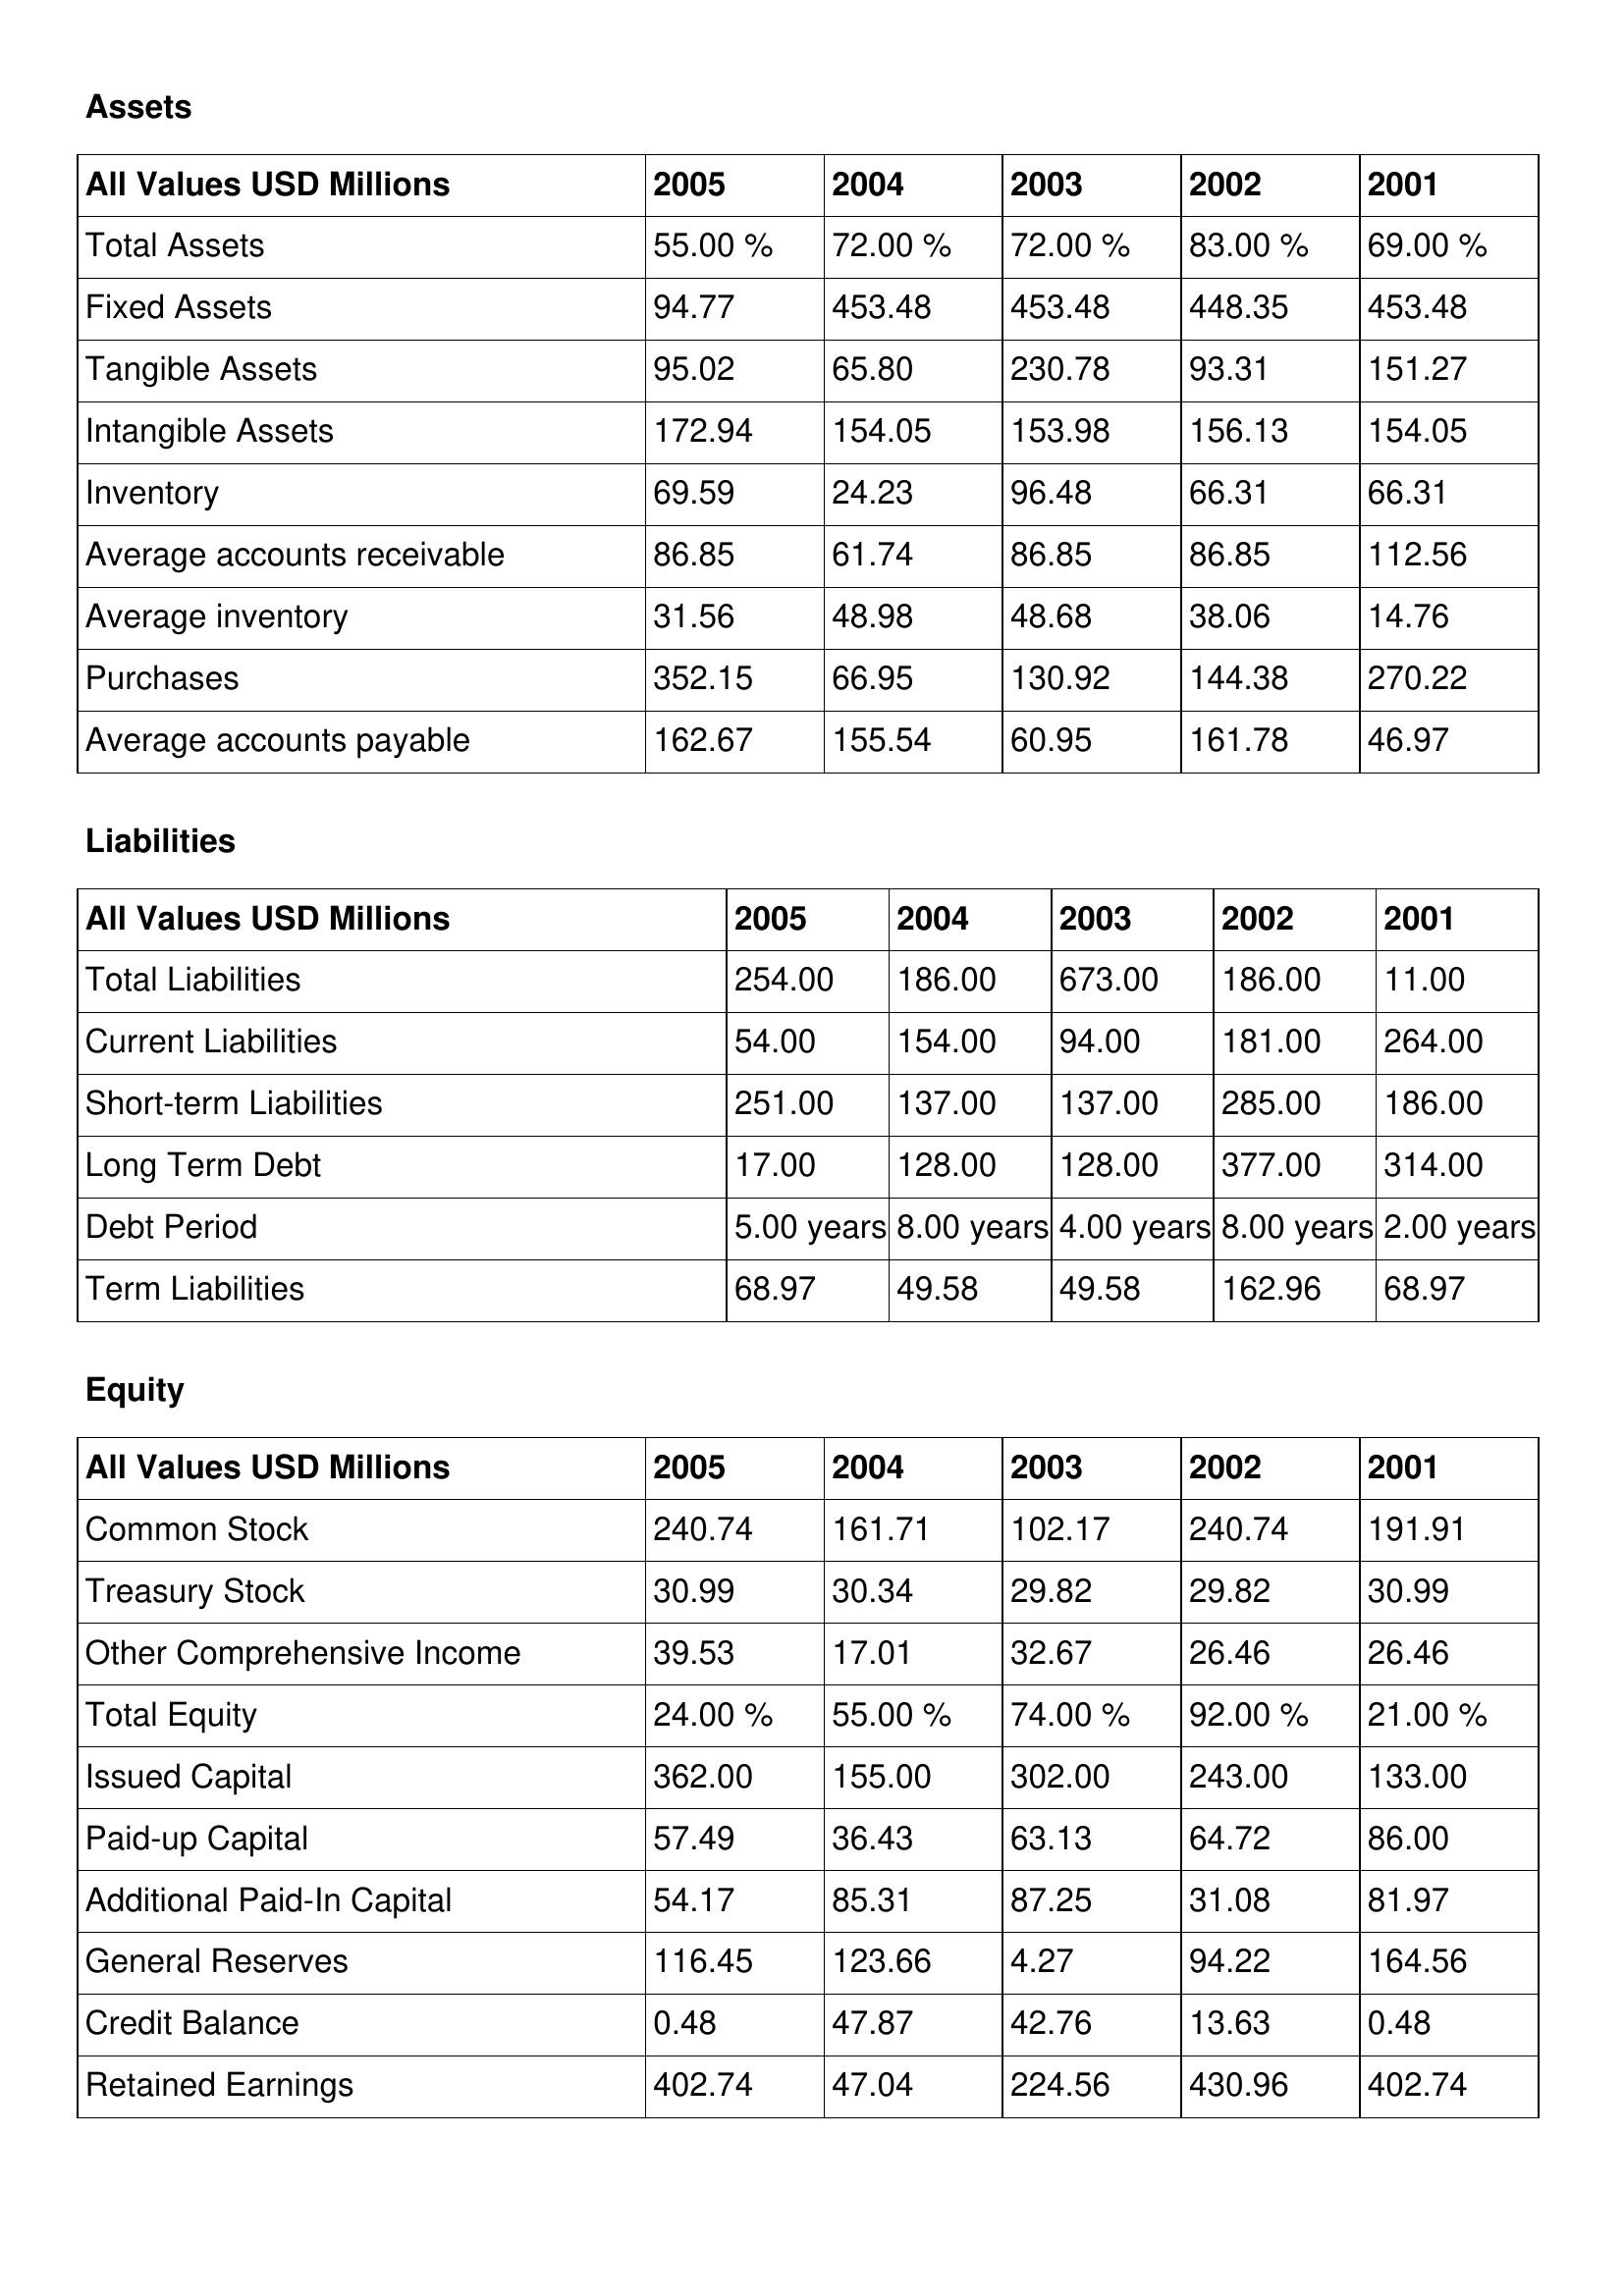
gt_parse: 2005: Assets: Total Assets: 55.00 %
Fixed Assets: 94.77
Tangible Assets: 95.02
Intangible Assets: 172.94
Inventory: 69.59
Average accounts receivable: 86.85
Average inventory: 31.56
Purchases: 352.15
Average accounts payable: 162.67
Liabilities: Total Liabilities: 254.00
Current Liabilities: 54.00
Short-term Liabilities: 251.00
Long Term Debt: 17.00
Debt Period: 5.00 years
Term Liabilities: 68.97
Equity: Common Stock: 240.74
Treasury Stock: 30.99
Other Comprehensive Income: 39.53
Total Equity: 24.00 %
Issued Capital: 362.00
Paid-up Capital: 57.49
Additional Paid-In Capital: 54.17
General Reserves: 116.45
Credit Balance: 0.48
Retained Earnings: 402.74
2004: Assets: Total Assets: 72.00 %
Fixed Assets: 453.48
Tangible Assets: 65.80
Intangible Assets: 154.05
Inventory: 24.23
Average accounts receivable: 61.74
Average inventory: 48.98
Purchases: 66.95
Average accounts payable: 155.54
Liabilities: Total Liabilities: 186.00
Current Liabilities: 154.00
Short-term Liabilities: 137.00
Long Term Debt: 128.00
Debt Period: 8.00 years
Term Liabilities: 49.58
Equity: Common Stock: 161.71
Treasury Stock: 30.34
Other Comprehensive Income: 17.01
Total Equity: 55.00 %
Issued Capital: 155.00
Paid-up Capital: 36.43
Additional Paid-In Capital: 85.31
General Reserves: 123.66
Credit Balance: 47.87
Retained Earnings: 47.04
2003: Assets: Total Assets: 72.00 %
Fixed Assets: 453.48
Tangible Assets: 230.78
Intangible Assets: 153.98
Inventory: 96.48
Average accounts receivable: 86.85
Average inventory: 48.68
Purchases: 130.92
Average accounts payable: 60.95
Liabilities: Total Liabilities: 673.00
Current Liabilities: 94.00
Short-term Liabilities: 137.00
Long Term Debt: 128.00
Debt Period: 4.00 years
Term Liabilities: 49.58
Equity: Common Stock: 102.17
Treasury Stock: 29.82
Other Comprehensive Income: 32.67
Total Equity: 74.00 %
Issued Capital: 302.00
Paid-up Capital: 63.13
Additional Paid-In Capital: 87.25
General Reserves: 4.27
Credit Balance: 42.76
Retained Earnings: 224.56
2002: Assets: Total Assets: 83.00 %
Fixed Assets: 448.35
Tangible Assets: 93.31
Intangible Assets: 156.13
Inventory: 66.31
Average accounts receivable: 86.85
Average inventory: 38.06
Purchases: 144.38
Average accounts payable: 161.78
Liabilities: Total Liabilities: 186.00
Current Liabilities: 181.00
Short-term Liabilities: 285.00
Long Term Debt: 377.00
Debt Period: 8.00 years
Term Liabilities: 162.96
Equity: Common Stock: 240.74
Treasury Stock: 29.82
Other Comprehensive Income: 26.46
Total Equity: 92.00 %
Issued Capital: 243.00
Paid-up Capital: 64.72
Additional Paid-In Capital: 31.08
General Reserves: 94.22
Credit Balance: 13.63
Retained Earnings: 430.96
2001: Assets: Total Assets: 69.00 %
Fixed Assets: 453.48
Tangible Assets: 151.27
Intangible Assets: 154.05
Inventory: 66.31
Average accounts receivable: 112.56
Average inventory: 14.76
Purchases: 270.22
Average accounts payable: 46.97
Liabilities: Total Liabilities: 11.00
Current Liabilities: 264.00
Short-term Liabilities: 186.00
Long Term Debt: 314.00
Debt Period: 2.00 years
Term Liabilities: 68.97
Equity: Common Stock: 191.91
Treasury Stock: 30.99
Other Comprehensive Income: 26.46
Total Equity: 21.00 %
Issued Capital: 133.00
Paid-up Capital: 86.00
Additional Paid-In Capital: 81.97
General Reserves: 164.56
Credit Balance: 0.48
Retained Earnings: 402.74